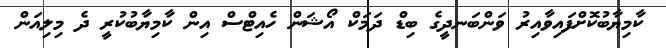
ކާމިޔާބުކޮށްފައިވާއިރު ވަންބަނދީގެ ބިޑް ދަމަކް އޯޝަން ހެއިޓްސް އިން ކާމިޔާބުކުރީ ދެ މިލިއަން